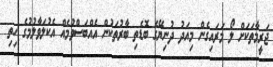
ޖަރީމާތަކަށް ލޯ މަރައިގެން މިއަދު ދުނިޔޭގެ ބޮޑެތި ބާރުތަކުން އެއްބަސްވުމެއް އެކުލަވާލުމުގެ ހިތި